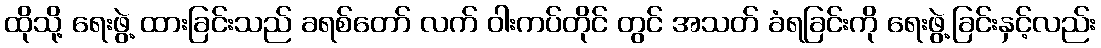
ထိုသို့ ရေးဖွဲ့ ထားခြင်းသည် ခရစ်တော် လက် ဝါးကပ်တိုင် တွင် အသတ် ခံရခြင်းကို ရေးဖွဲ့ခြင်းနှင့်လည်း